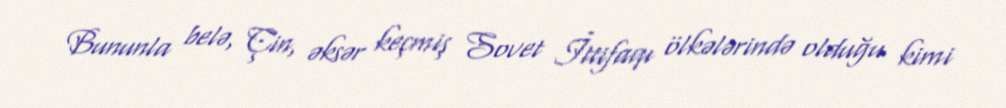
Bununla belə, Çin, əksər keçmiş Sovet İttifaqı ölkələrində olduğu kimi